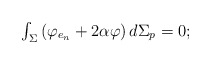
\begin{align*}\begin{array}{c}\int_{\Sigma }\left( \varphi _{e_{n}}+2\alpha \varphi \right) d\Sigma _{p}=0;\end{array}\end{align*}